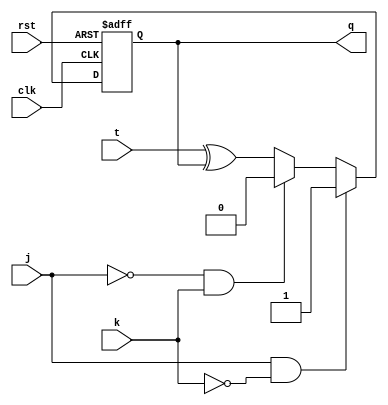
module t_ff_jk (
    input wire clk,
    input wire rst,
    input wire j,
    input wire k,
    input wire t,
    output reg q
);

always @(posedge clk or posedge rst) begin
    if (rst) begin
        q <= 1'b0;
    end else begin
        if (j && !k) begin
            q <= 1'b1;
        end else if (!j && k) begin
            q <= 1'b0;
        end else begin
            q <= t ^ q;
        end
    end
end
endmodule